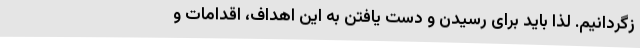
زگردانیم. لذا باید برای رسیدن و دست یافتن به این اهداف، اقدامات و